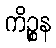
ကိဉ္စန